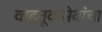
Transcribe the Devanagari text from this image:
वाहतूकसेवांचा